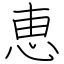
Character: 恵